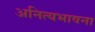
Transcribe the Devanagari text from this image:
अनित्यभावना